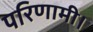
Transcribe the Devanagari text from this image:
परिणामी।